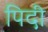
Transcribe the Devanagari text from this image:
पिदी